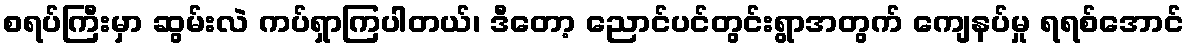
စရပ်ကြီးမှာ ဆွမ်းလဲ ကပ်ရှာကြပါတယ်၊ ဒီတော့ ညောင်ပင်တွင်းရွာအတွက် ကျေနပ်မှု ရရစ်အောင်